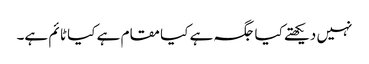
نہیں دیکھتے کیا جگہ ہے کیا مقام ہے کیا ٹا ئم ہے۔